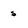
Character: s